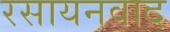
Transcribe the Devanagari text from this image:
रसायनवाद